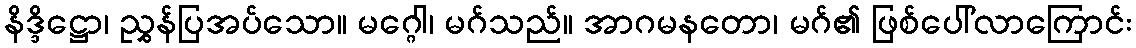
နိဒ္ဒိဋ္ဌော၊ ညွှန်ပြအပ်သော။ မဂ္ဂေါ၊ မဂ်သည်။ အာဂမနတော၊ မဂ်၏ ဖြစ်ပေါ်လာကြောင်း